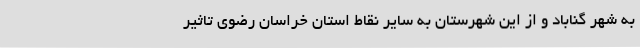
به شهر گناباد و از این شهرستان به سایر نقاط استان خراسان رضوی تاثیر